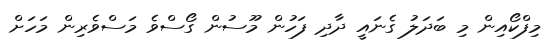
މިފްކޯއިން މި ބަދަލު ގެނައީ ދާދި ފަހުން މޫސުން ގޯސްވެ މަސްވެރިން މަހަށް